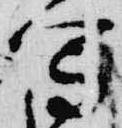
写